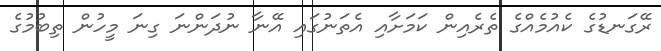
ރޭގަނޑުގެ ކެއުމެއްގެ ތެރެއިން ކަމަށާއި އެތަނުގައި އޭނާ ނުދަންނަ ގިނަ މީހުން ތިބުމުގެ